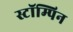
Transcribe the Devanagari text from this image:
स्टॉम्पिन